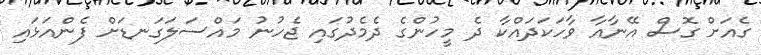
ގެއަށް ގޮސް އޭނާއާ ވާހަކަދައްކާ ދެ މީހުންގެ ދެމެދުގައި ޖެހުނު މައްސަލަގަނޑަށް ފެންއަޅައި